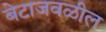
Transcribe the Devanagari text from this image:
बेटाजवळील